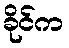
ခိုင်က